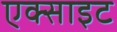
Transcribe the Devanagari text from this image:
एक्साइट